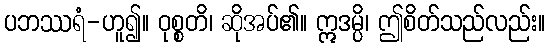
ပဘဿရံ-ဟူ၍။ ဝုစ္စတိ၊ ဆိုအပ်၏။ ဣဒမ္ပိ၊ ဤစိတ်သည်လည်း။